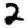
Digit: 2